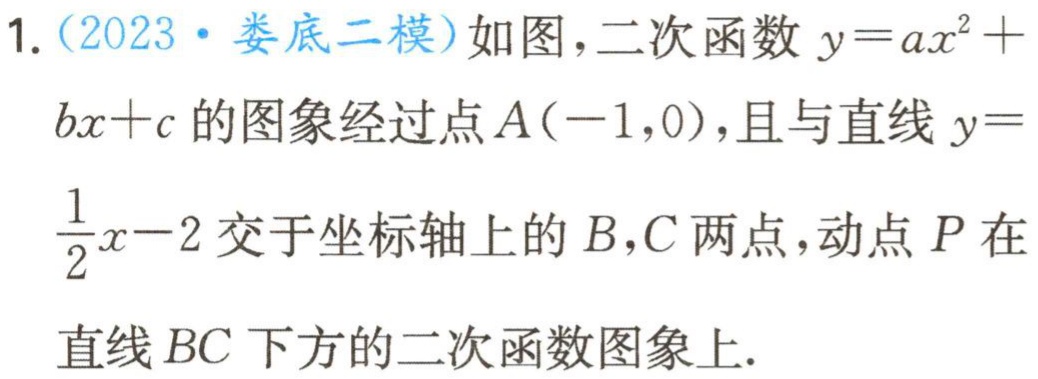
1.（2023·娄底二模）如图，二次函数\(y = ax^{2}+bx + c\)的图象经过点\(A(-1,0)\)，且与直线\(y=\frac{1}{2}x - 2\)交于坐标轴上的\(B,C\)两点，动点\(P\)在直线\(BC\)下方的二次函数图象上.